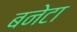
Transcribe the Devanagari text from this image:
बनेटा